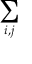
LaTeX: \sum _ { i , j }